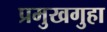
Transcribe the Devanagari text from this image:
प्रमुखगुहा